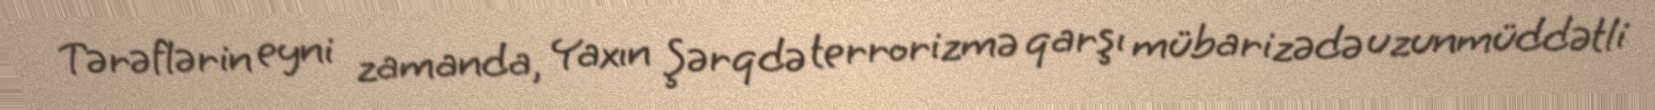
Tərəflərin eyni zamanda, Yaxın Şərqdə terrorizmə qarşı mübarizədə uzunmüddətli